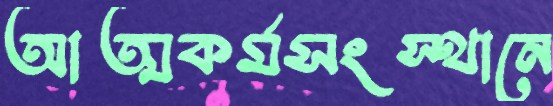
আত্মকর্মসংস্থানে